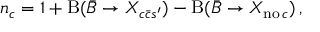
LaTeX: n _ { c } = 1 + \mathrm { B } ( \bar { B } \to X _ { c \bar { c } s ^ { \prime } } ) - \mathrm { B } ( \bar { B } \to X _ { \mathrm { n o } \, c } ) \, ,